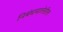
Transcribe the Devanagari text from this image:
निबंधमालेतील